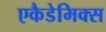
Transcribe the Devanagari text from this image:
एकैडेमिक्स